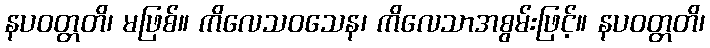
နပဝတ္တတိ၊ မဖြစ်။ ကိလေသဝသေန၊ ကိလေသာအစွမ်းဖြင့်။ နပဝတ္တတိ၊